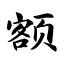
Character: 额